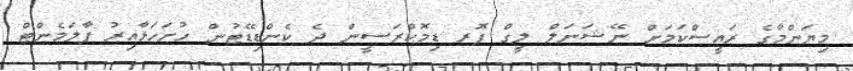
މިޔަންމާގެ ރައީސްކަމަށް ނޭޝަނަލް ލީގް ފޮރ ޑިމޮކްރަސީން ދެ ކެންޑިޑޭޓުން ހުށަހަޅާއިރު ޕާލަމެންޓް